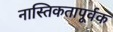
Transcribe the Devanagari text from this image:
नास्तिकतापूर्वक